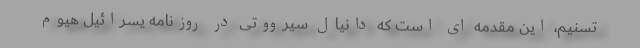
تسنیم، این مقدمه ای است که دانیال سیرووتی در روزنامه یسرائیل هیوم